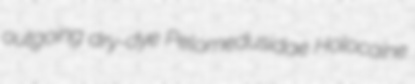
outgoing dry-dye Pelomedusidae Holocaine